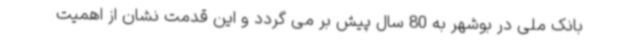
بانک ملی در بوشهر به 80 سال پیش بر می گردد و این قدمت نشان از اهمیت